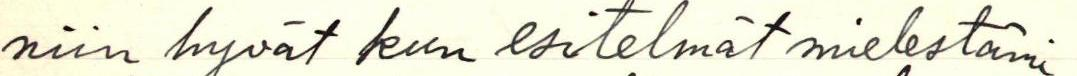
niin hyvät kun esitelmät mielestäni